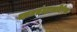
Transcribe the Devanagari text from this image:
गझलसंग्रहाव्यतिरिक्त